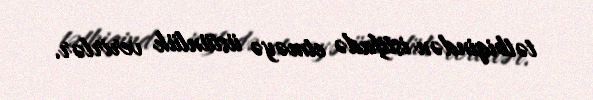
tətbiqindən istifadə etməyə üstünlük verirlər.